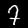
Digit: 7